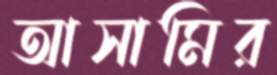
আসামির